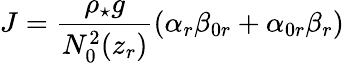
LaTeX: J=\frac{\rho_{\star}g}{N_{0}^{2}(z_{r})}(\alpha_{r}\beta_{0r}+\alpha_{0r}\beta_{r})